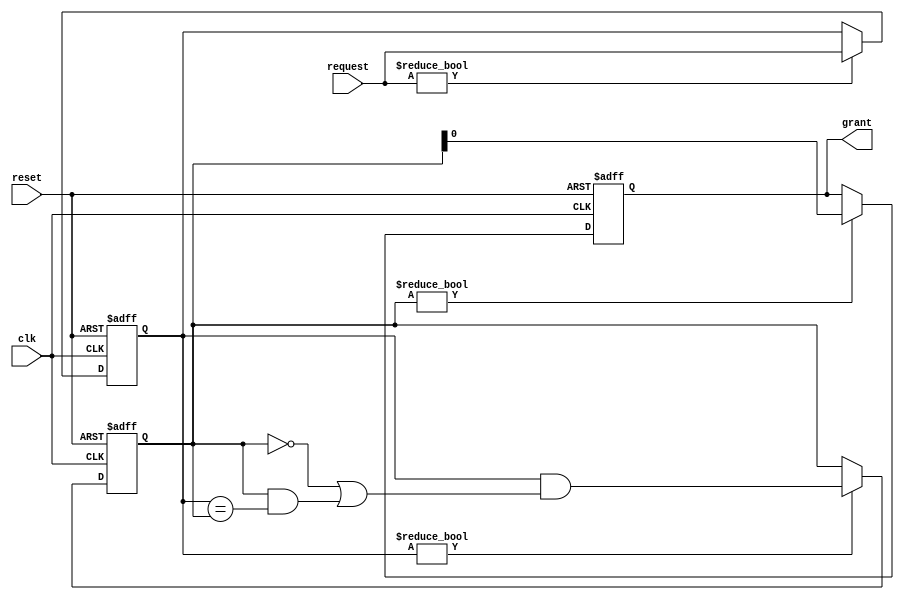
module RandomArbiter (
    input wire clk,
    input wire reset,
    input wire [NUM_MASTERS-1:0] request,
    output reg grant
);

parameter NUM_MASTERS = 4;

reg [NUM_MASTERS-1:0] request_valid;
reg [NUM_MASTERS-1:0] request_grant;

always @(posedge clk or posedge reset) begin
    if (reset) begin
        grant <= 0;
        request_valid <= 0;
        request_grant <= 0;
    end else begin
        if (request != 0) begin
            request_valid <= request;
        end
        
        if (request_valid != 0) begin
            request_grant <= request_valid & (~request_grant | (request_grant & (request_valid == request_grant)));
        end
        
        if (request_grant != 0) begin
            grant <= request_grant;
        end
    end
end

endmodule